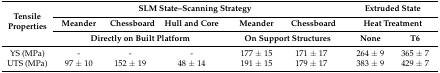
<table><thead><tr><td rowspan="3"><b>Tensile Properties</b></td><td colspan="5"><b>SLM State–Scanning Strategy</b></td><td colspan="2"><b>Extruded State</b></td></tr><tr><td><b>Meander</b></td><td><b>Chessboard</b></td><td><b>Hull and Core</b></td><td><b>Meander</b></td><td><b>Chessboard</b></td><td colspan="2"><b>Heat Treatment</b></td></tr><tr><td colspan="3"><b>Directly on Built Platform</b></td><td colspan="2"><b>On Support Structures</b></td><td><b>None</b></td><td><b>T6</b></td></tr></thead><tbody><tr><td>YS (MPa)</td><td>-</td><td>-</td><td>-</td><td>177 ± 15</td><td>171 ± 17</td><td>264 ± 9</td><td>365 ± 7</td></tr><tr><td>UTS (MPa)</td><td>97 ± 10</td><td>152 ± 19</td><td>48 ± 14</td><td>191 ± 15</td><td>179 ± 17</td><td>383 ± 9</td><td>429 ± 7</td></tr></tbody></table>